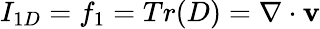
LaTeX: I_{1D}=f_{1}=Tr(D)={\mathbf\nabla}\cdot{\mathbf v}